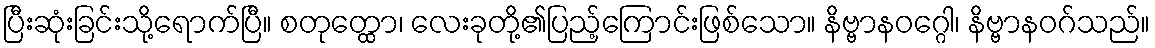
ပြီးဆုံးခြင်းသို့ရောက်ပြီ။ စတုတ္ထော၊ လေးခုတို့၏ပြည့်ကြောင်းဖြစ်သော။ နိဗ္ဗာနဝဂ္ဂေါ၊ နိဗ္ဗာနဝဂ်သည်။